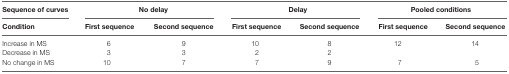
| Sequence of curves | <COLSPAN=2> No delay | <COLSPAN=2> Delay | <COLSPAN=2> Pooled conditions |
 | Condition | First sequence | Second sequence | First sequence | Second sequence | First sequence | Second sequence |
 | --- | --- | --- | --- | --- | --- | --- |
 | Increase in MS | 6 | 9 | 10 | 8 | <ROWSPAN=2> 12 | <ROWSPAN=2> 14 |
 | Decrease in MS | 3 | 3 | 2 | 2 |
 | No change in MS | 10 | 7 | 7 | 9 | 7 | 5 |